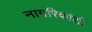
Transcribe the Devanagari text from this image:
नागरिकांशी